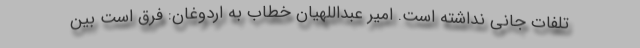
تلفات جانی نداشته است. امیر عبداللهیان خطاب به اردوغان: فرق است بین